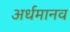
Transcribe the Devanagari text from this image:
अर्धमानव